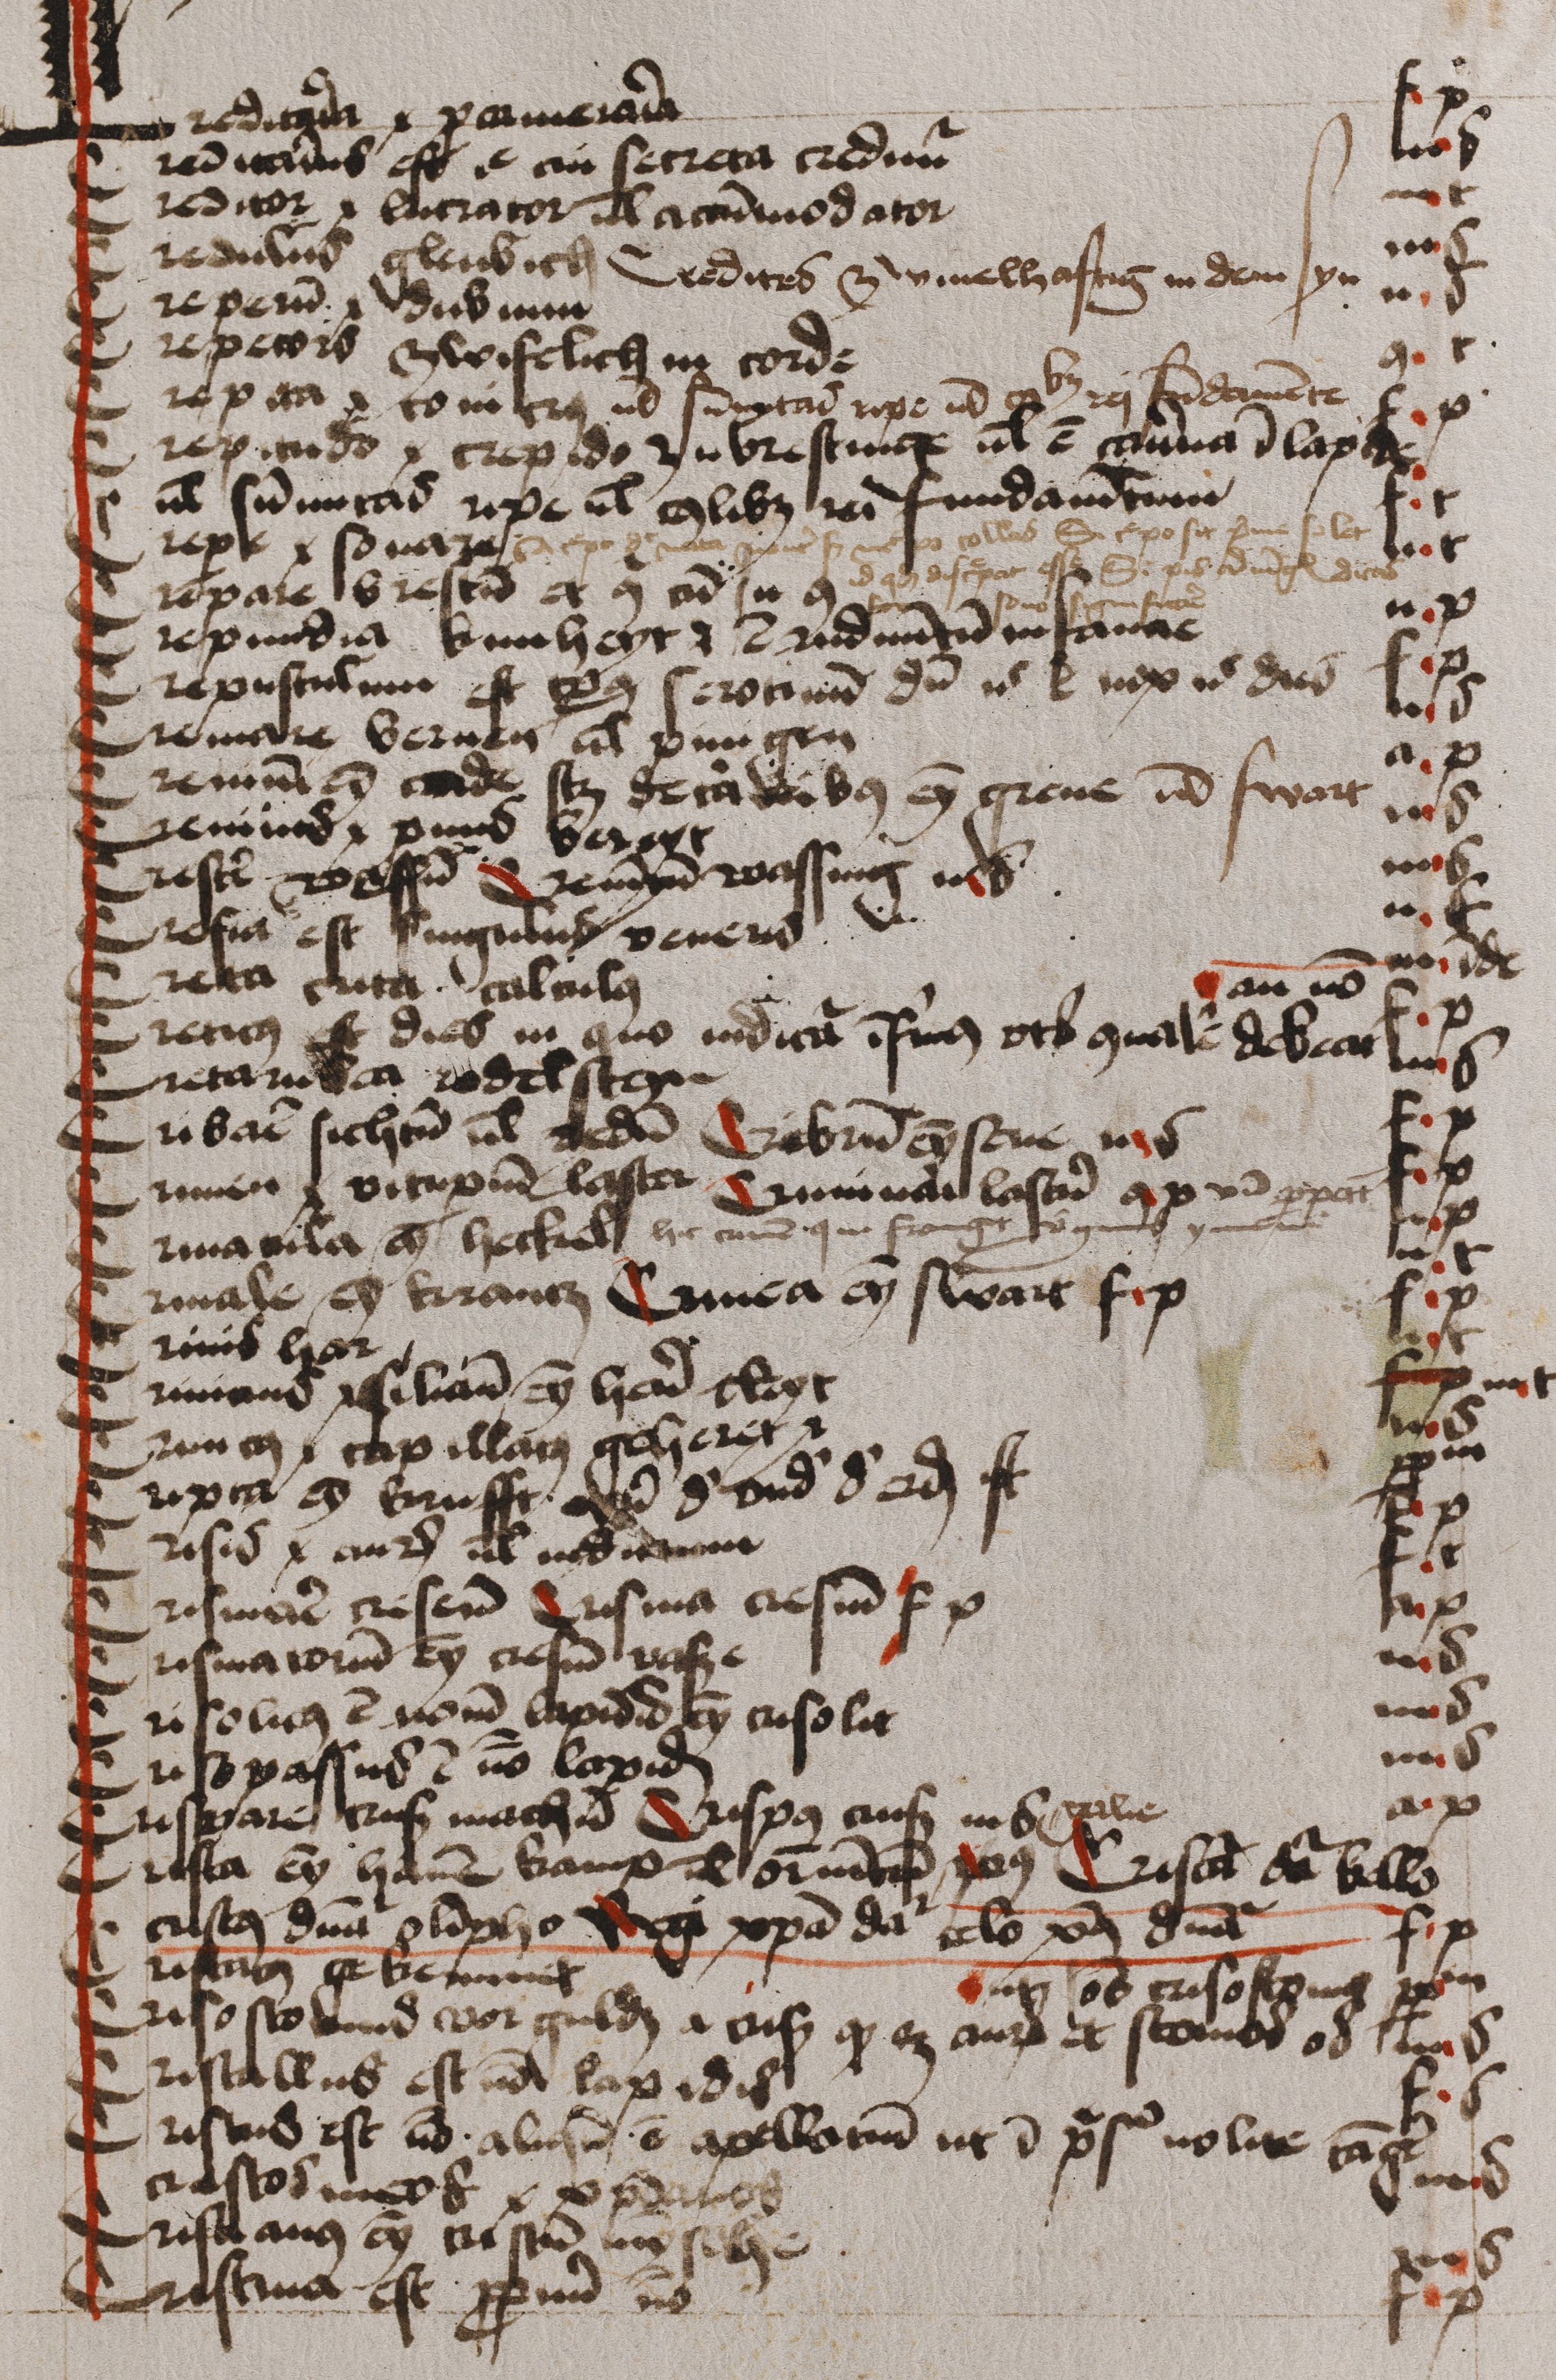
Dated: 1474–1474